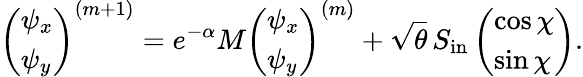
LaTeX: \left(\begin{array}{l}{\psi_{x}}\\ {\psi_{y}}\end{array}\right)^{(m+1)}=e^{-\alpha}M\left(\begin{array}{l}{\psi_{x}}\\ {\psi_{y}}\end{array}\right)^{(m)}+\sqrt{\theta}\, S_{\mathrm{in}}\left(\begin{array}{l}{\cos\chi}\\ {\sin\chi}\end{array}\right).